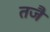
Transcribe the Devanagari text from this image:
तजै